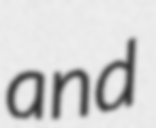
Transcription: and